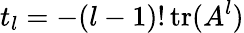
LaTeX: t_{l}=-(l-1)!\operatorname{tr}(A^{l})